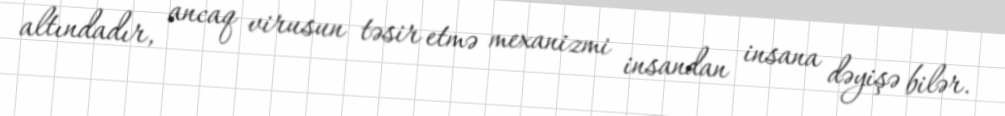
altındadır, ancaq virusun təsir etmə mexanizmi insandan insana dəyişə bilər.